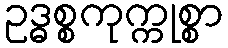
ဥဒ္ဓစ္စကုက္ကုစ္စာ